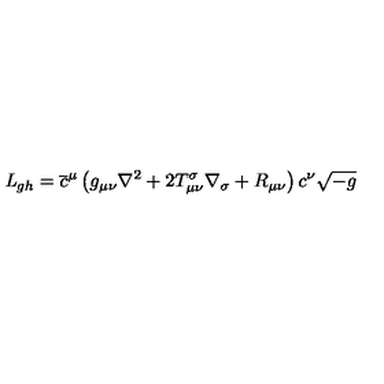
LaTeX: { \it L } _ { g h } = \overline { { c } } ^ { \mu } \left( g _ { \mu \nu } \nabla ^ { 2 } + 2 T _ { \mu \nu } ^ { \sigma } \nabla _ { \sigma } + R _ { \mu \nu } \right) c ^ { \nu } \sqrt { - g }